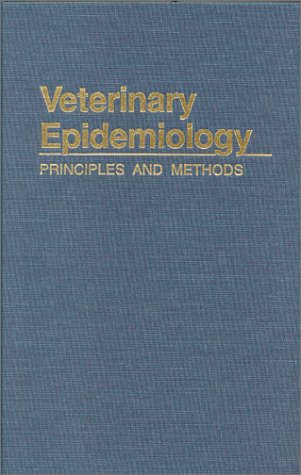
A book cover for Veterinary Epidemiology-87; S. Wayne Martin; Medical Books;